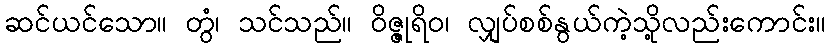
ဆင်ယင်သော။ တွံ၊ သင်သည်။ ဝိဇ္ဇုရိဝ၊ လျှပ်စစ်နွယ်ကဲ့သို့လည်းကောင်း။